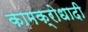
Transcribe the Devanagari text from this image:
कामक्रोधादी